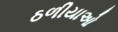
ઠળીયાઓ